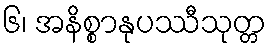
၆၊ အနိစ္စာနုပဿီသုတ္တ